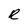
Character: R